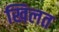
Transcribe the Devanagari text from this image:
खिलत